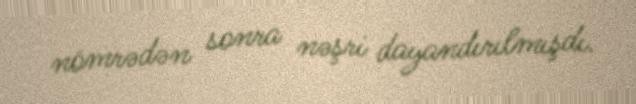
nömrədən sonra nəşri dayandırılmışdı.